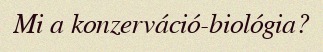
Mi a konzerváció-biológia?